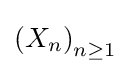
\left(X_{n}\right)_{n\geq 1}